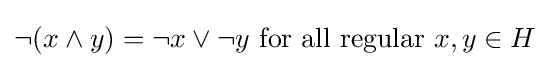
\lnot (x\wedge y)=\lnot x\vee \lnot y{\mbox{ for all regular }}x,y\in H